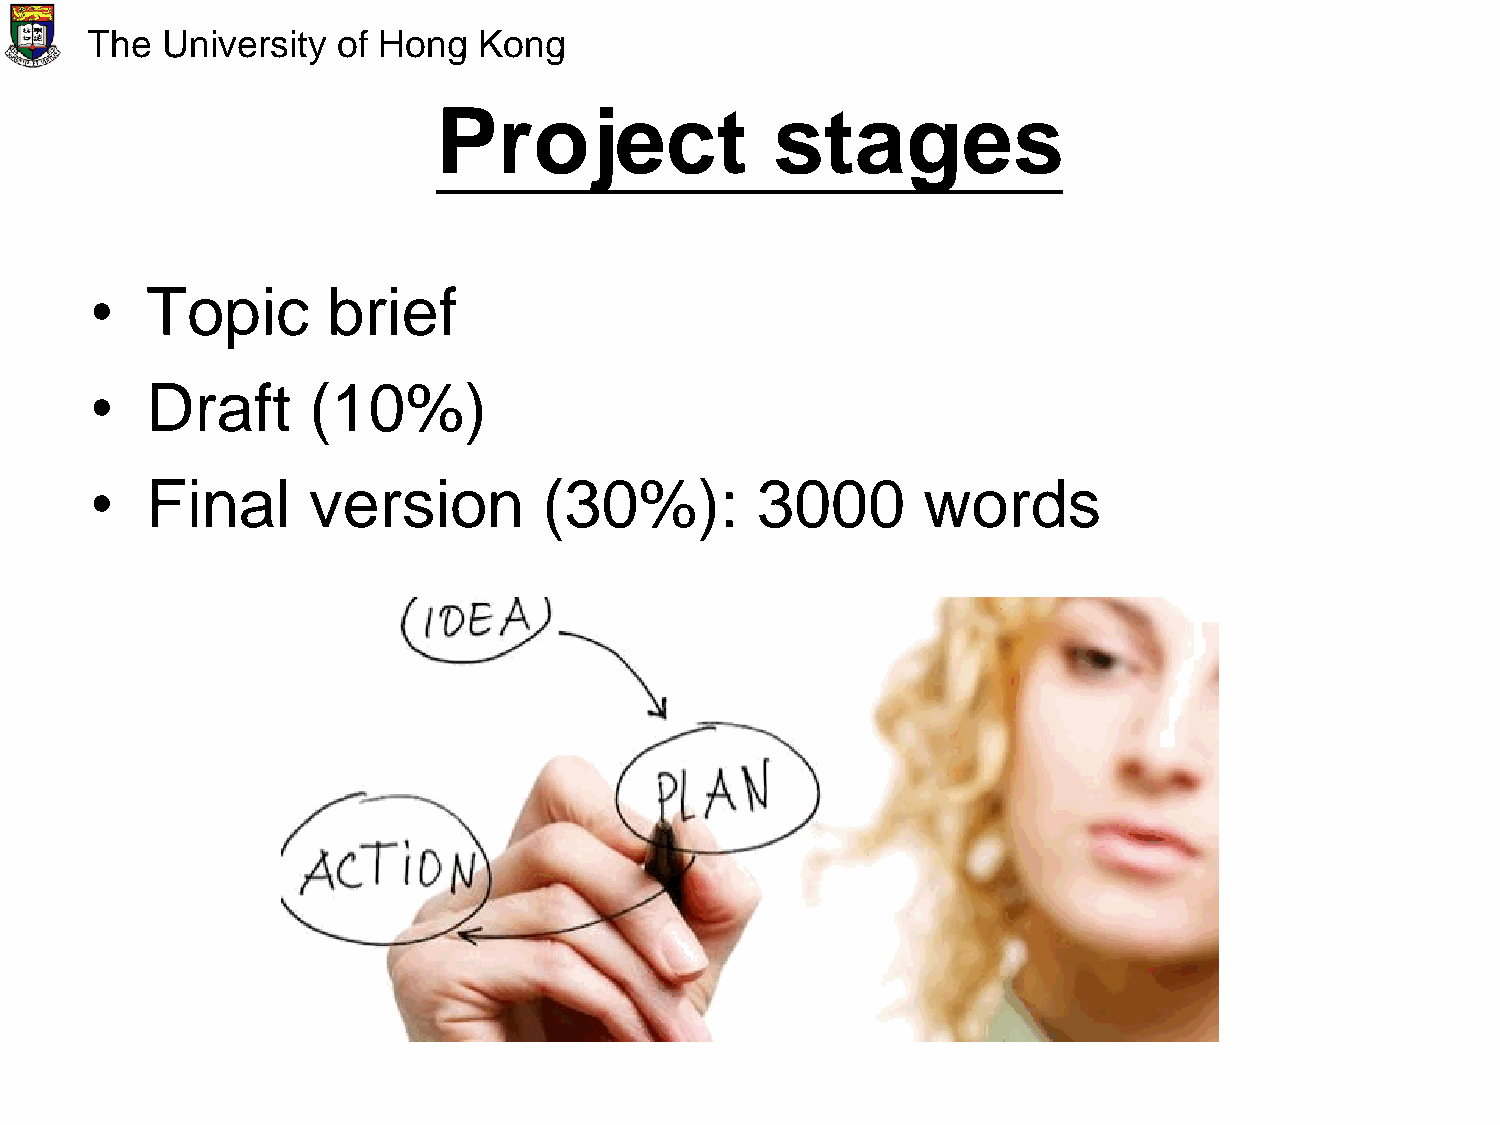
The  University of Hong   Kong
 Project               stages
 •   Topic       brief
 •   Draft     (10%)
 •   Final     version         (30%):        3000       words